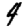
Digit: 4